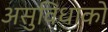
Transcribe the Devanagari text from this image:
असुविधाको